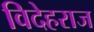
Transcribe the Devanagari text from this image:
विदेहराज